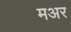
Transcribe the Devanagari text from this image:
मअर